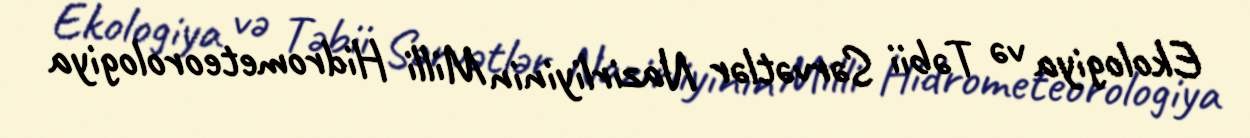
Ekologiya və Təbii Sərvətlər Nazirliyinin Milli Hidrometeorologiya